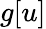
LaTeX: g[u]